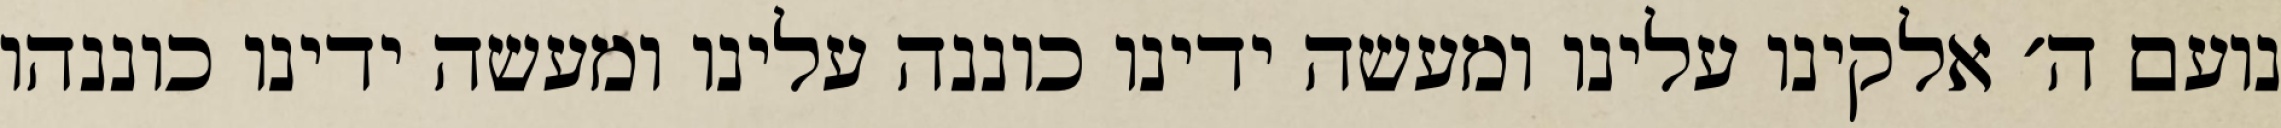
נועם ה׳ אלקינו עלינו ומעשה ידינו כוננה עלינו ומעשה ידינו כוננהו